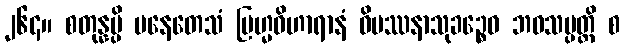
၂၆၄။ စတုန္နမ္ပိ ပနေတေသံ ဗြဟ္မဝိဟာရာနံ ဝိပဿနာသုခဉ္စေဝ ဘဝသမ္ပတ္တိ စ